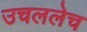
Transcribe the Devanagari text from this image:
उचललेच